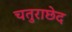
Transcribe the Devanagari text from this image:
चतुराछेद